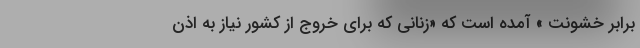
برابر خشونت » آمده است که «زنانی که برای خروج از کشور نیاز به اذن